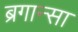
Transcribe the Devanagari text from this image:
ब्रगान्सा